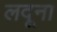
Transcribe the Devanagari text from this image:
लदूना